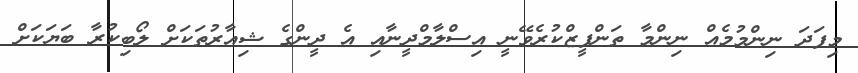
މިފަދަ ނިންމުމެއް ނިންމާ ތަންފީޒްކުރެވޭނީ އިސްލާމްދީނާއި އެ ދީންގެ ޝިއާރުތަކަށް ލޯބިކުރާ ބަޔަކަށް